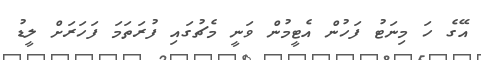
އޭގެ ހަ މިނަޓު ފަހުން އެޓީމުން ވަނީ މެޗުގައި ފުރަތަމަ ފަހަރަށް ލީޑު